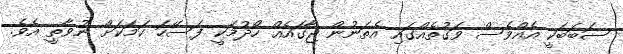
ސަބަބަކީ އެއްވެސް ވަގުތެއްގައި އެތަނުން ޖާގައެއް ހޯދުމަކީ ފަސޭހަ ކަމަކަށް ނުވާތީ އެވެ.